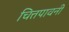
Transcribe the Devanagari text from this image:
चित्तपावनी